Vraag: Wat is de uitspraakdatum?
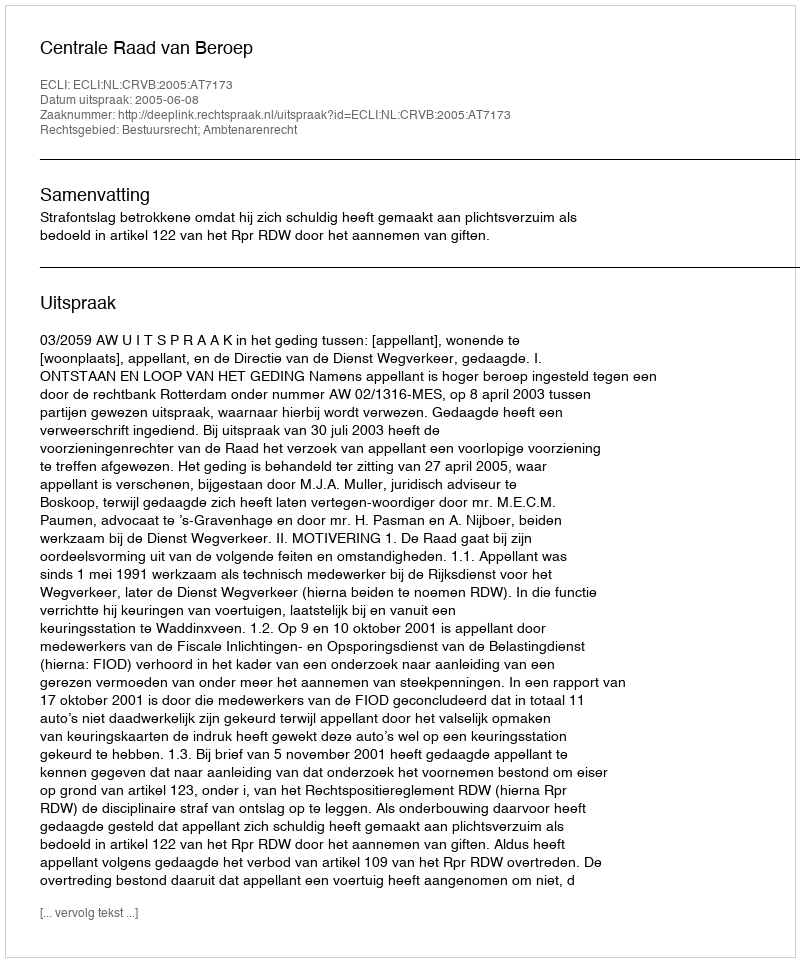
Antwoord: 2005-06-08